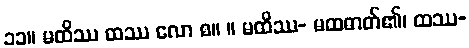
၁၁။ မထိဿ ထဿ လော စ။ ။ မထိဿ- မထဓာတ်၏၊ ထဿ-